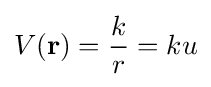
V(\mathbf {r} )={\frac {k}{r}}=ku